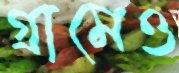
গ্রামেও